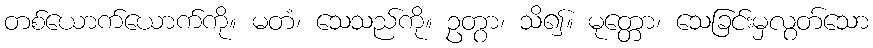
တစ်ယောက်ယောက်ကို။ မတံ၊ သေသည်ကို။ ဥတွာ၊ သိ၍။ မုတ္တော၊ သေခြင်းမှလွတ်သော